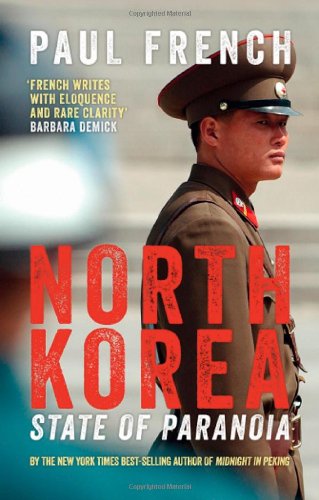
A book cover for North Korea: State of Paranoia; Paul French; History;